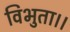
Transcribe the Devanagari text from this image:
विभुता।।